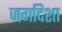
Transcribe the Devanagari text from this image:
जगदिशा